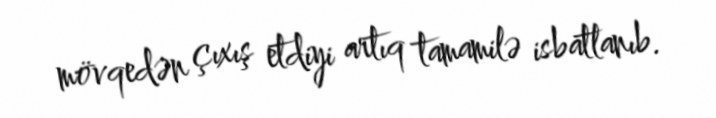
mövqedən çıxış etdiyi artıq tamamilə isbatlanıb.